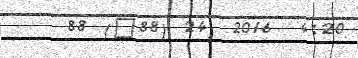
88 (@88) 24